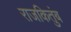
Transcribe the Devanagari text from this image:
राजकितुंब